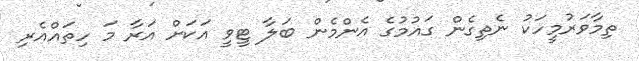
ތިމާވަރުމީހަކު ނެތިގެން ގައުމުގެ އެންމެން ބަލާ ޓީވީ އަކަށް އަރާ މަ ހިތައްއެރި